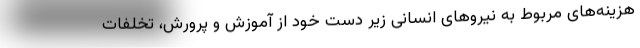
هزینه‌های مربوط به نیروهای انسانی زیر دست خود از آموزش و پرورش، تخلفات